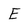
Character: E